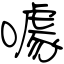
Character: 噱